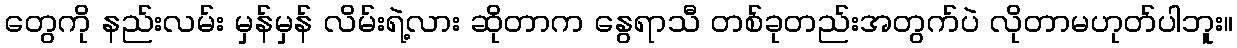
တွေကို နည်းလမ်း မှန်မှန် လိမ်းရဲ့လား ဆိုတာက နွေရာသီ တစ်ခုတည်းအတွက်ပဲ လိုတာမဟုတ်ပါဘူး။